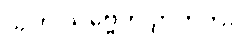
သဟ သဗ္ဗေဟိ ဉာတိဘိ။